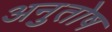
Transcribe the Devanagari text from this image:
अनुुतोष